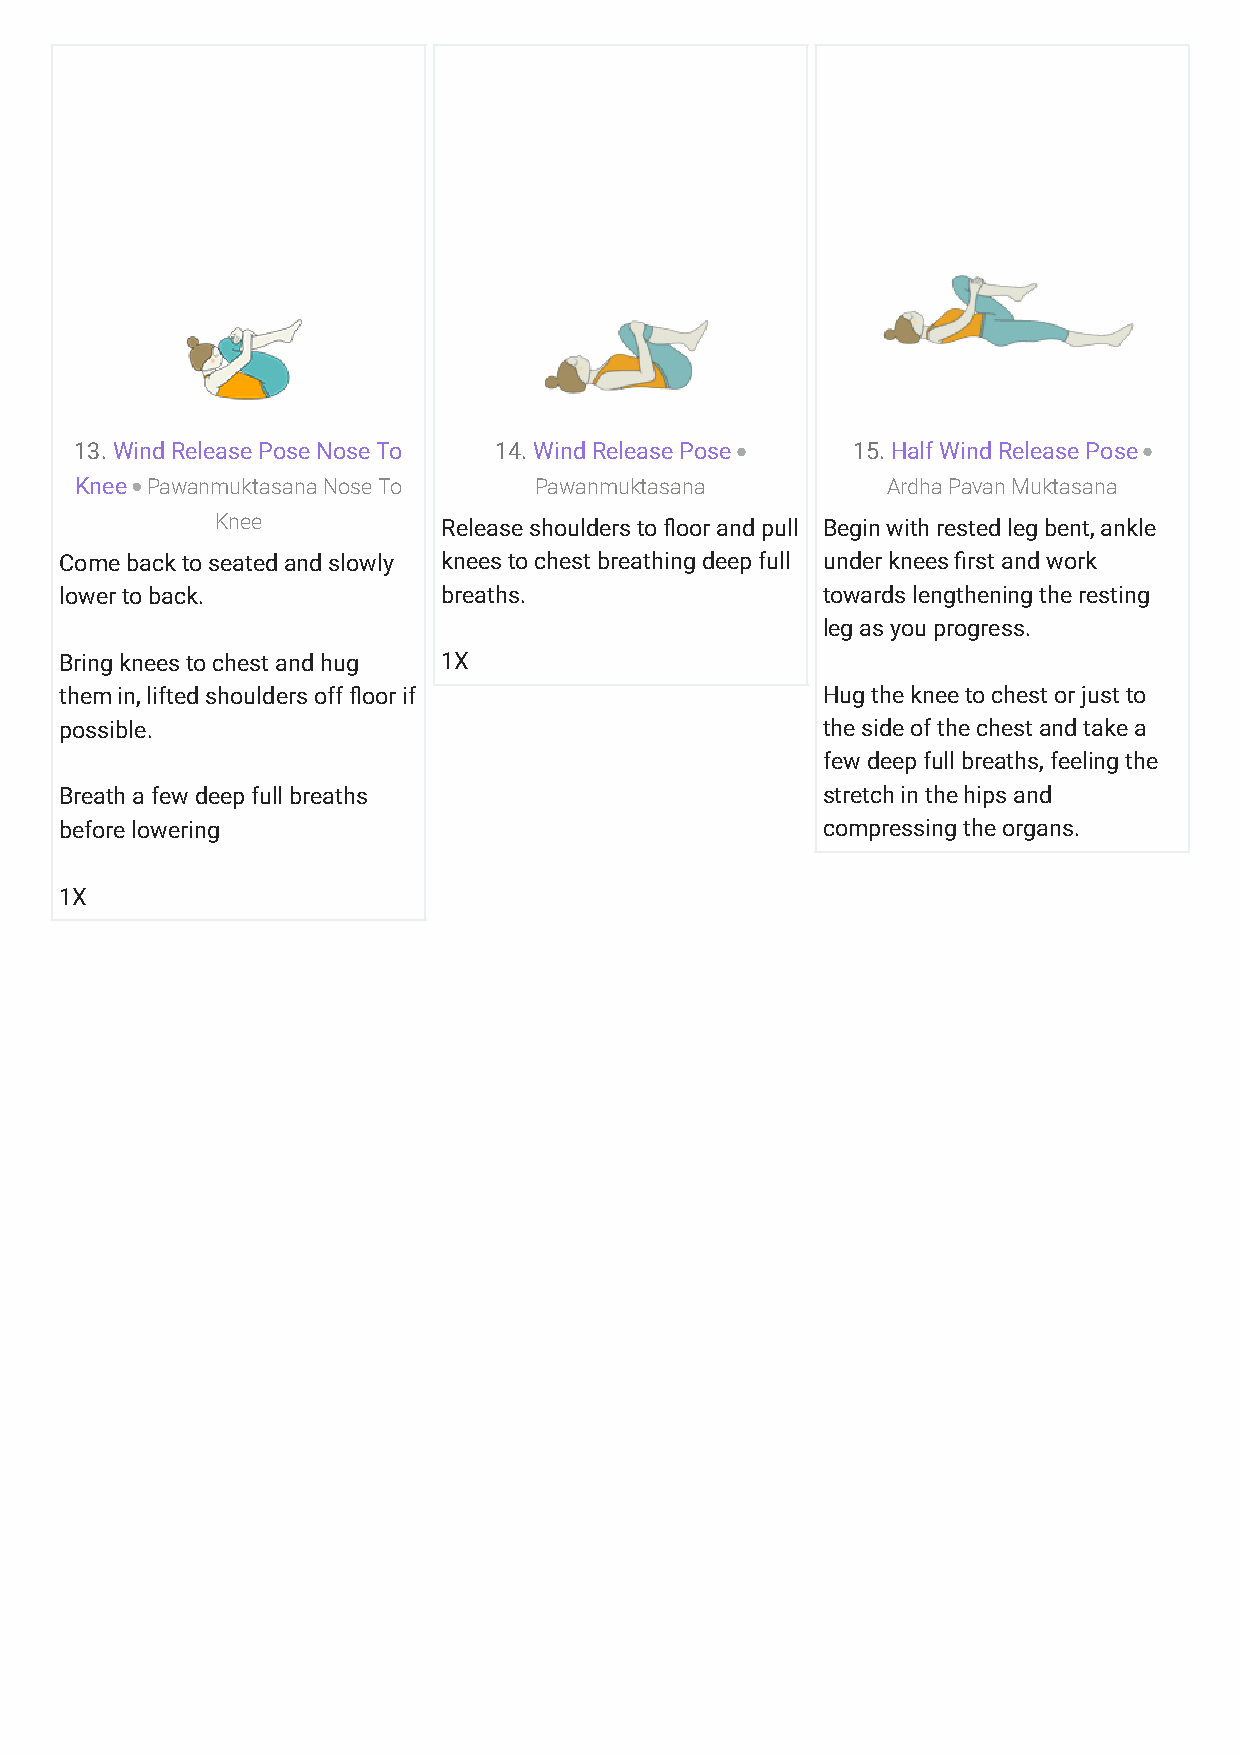
13. Wind Release Pose Nose To 14. Wind Release Pose 15. Half Wind Release Pose
 Knee Pawanmuktasana Nose To   Pawanmuktasana          Ardha Pavan Muktasana
 Knee           Release shoulders to ?oor and pull Begin with rested leg bent, ankle
 Come back to seated and slowly knees to chest breathing deep full under knees Krst and work
 lower to back.           breaths.                 towards lengthening the resting
 leg as you progress.
 Bring knees to chest and hug 1X
 them in, lifted shoulders off ?oor if             Hug the knee to chest or just to
 possible.                                         the side of the chest and take a
 few deep full breaths, feeling the
 Breath a few deep full breaths                    stretch in the hips and
 before lowering                                   compressing the organs.
 1X